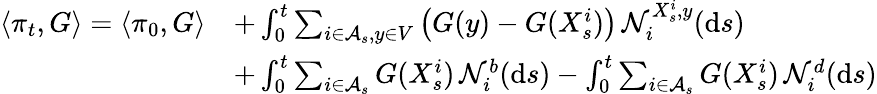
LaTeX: \begin{array}{rl}{\langle\pi_{t},G\rangle=\langle\pi_{0},G\rangle}&{+\int_{0}^{t}\sum_{i\in\mathcal A_{s},y\in V}\big(G(y)-G(X_{s}^{i})\big)\, \mathcal N_{i}^{X_{s}^{i},y}(\mathrm{d}s)}\\ &{+\int_{0}^{t}\sum_{i\in\mathcal A_{s}}G(X_{s}^{i})\, \mathcal N_{i}^{b}(\mathrm{d}s)-\int_{0}^{t}\sum_{i\in\mathcal A_{s}}G(X_{s}^{i})\, \mathcal N_{i}^{d}(\mathrm{d}s)}\end{array}